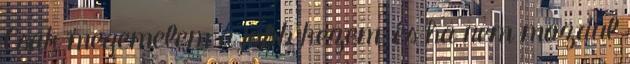
Csak megemelem a jobb kezem, és ha nem mozdul